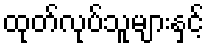
ထုတ်လုပ်သူများနှင့်